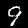
Label: 9